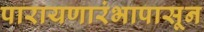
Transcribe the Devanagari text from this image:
पारायणारंभापासून